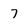
Character: 7